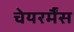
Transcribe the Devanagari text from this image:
चेयरर्मैंस